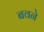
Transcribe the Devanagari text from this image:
बवने